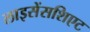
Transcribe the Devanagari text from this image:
लाइसेंसशिएट